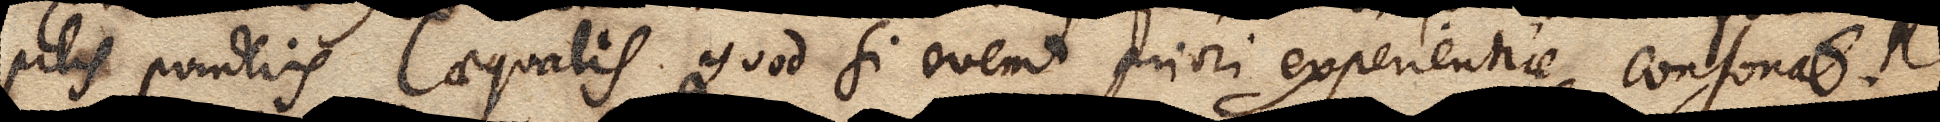
pilis ponderis aequalis. Quod si evenit priori experientiae consonat.